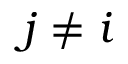
j \neq i